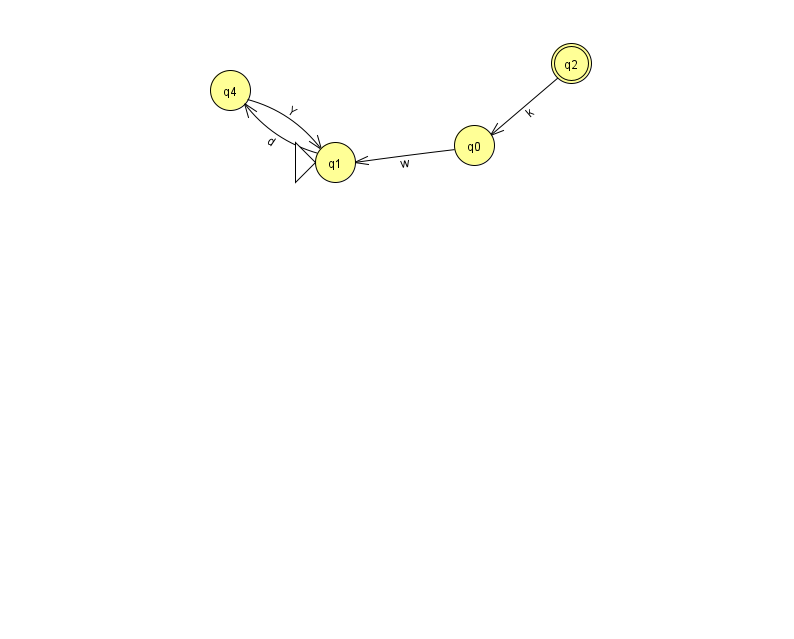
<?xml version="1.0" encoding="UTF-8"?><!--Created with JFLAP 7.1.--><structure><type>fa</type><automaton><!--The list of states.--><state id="0" name="q0"><x>474.0</x><y>132.0</y></state><state id="1" name="q1"><x>335.0</x><y>149.0</y><initial/></state><state id="2" name="q2"><x>571.0</x><y>50.0</y><final/></state><state id="4" name="q4"><x>230.0</x><y>77.0</y></state><!--The list of transitions.--><transition><from>0</from><to>1</to><read>w</read></transition><transition><from>2</from><to>0</to><read>k</read></transition><transition><from>4</from><to>1</to><read>Y</read></transition><transition><from>1</from><to>4</to><read>d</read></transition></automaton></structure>